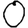
Digit: 0